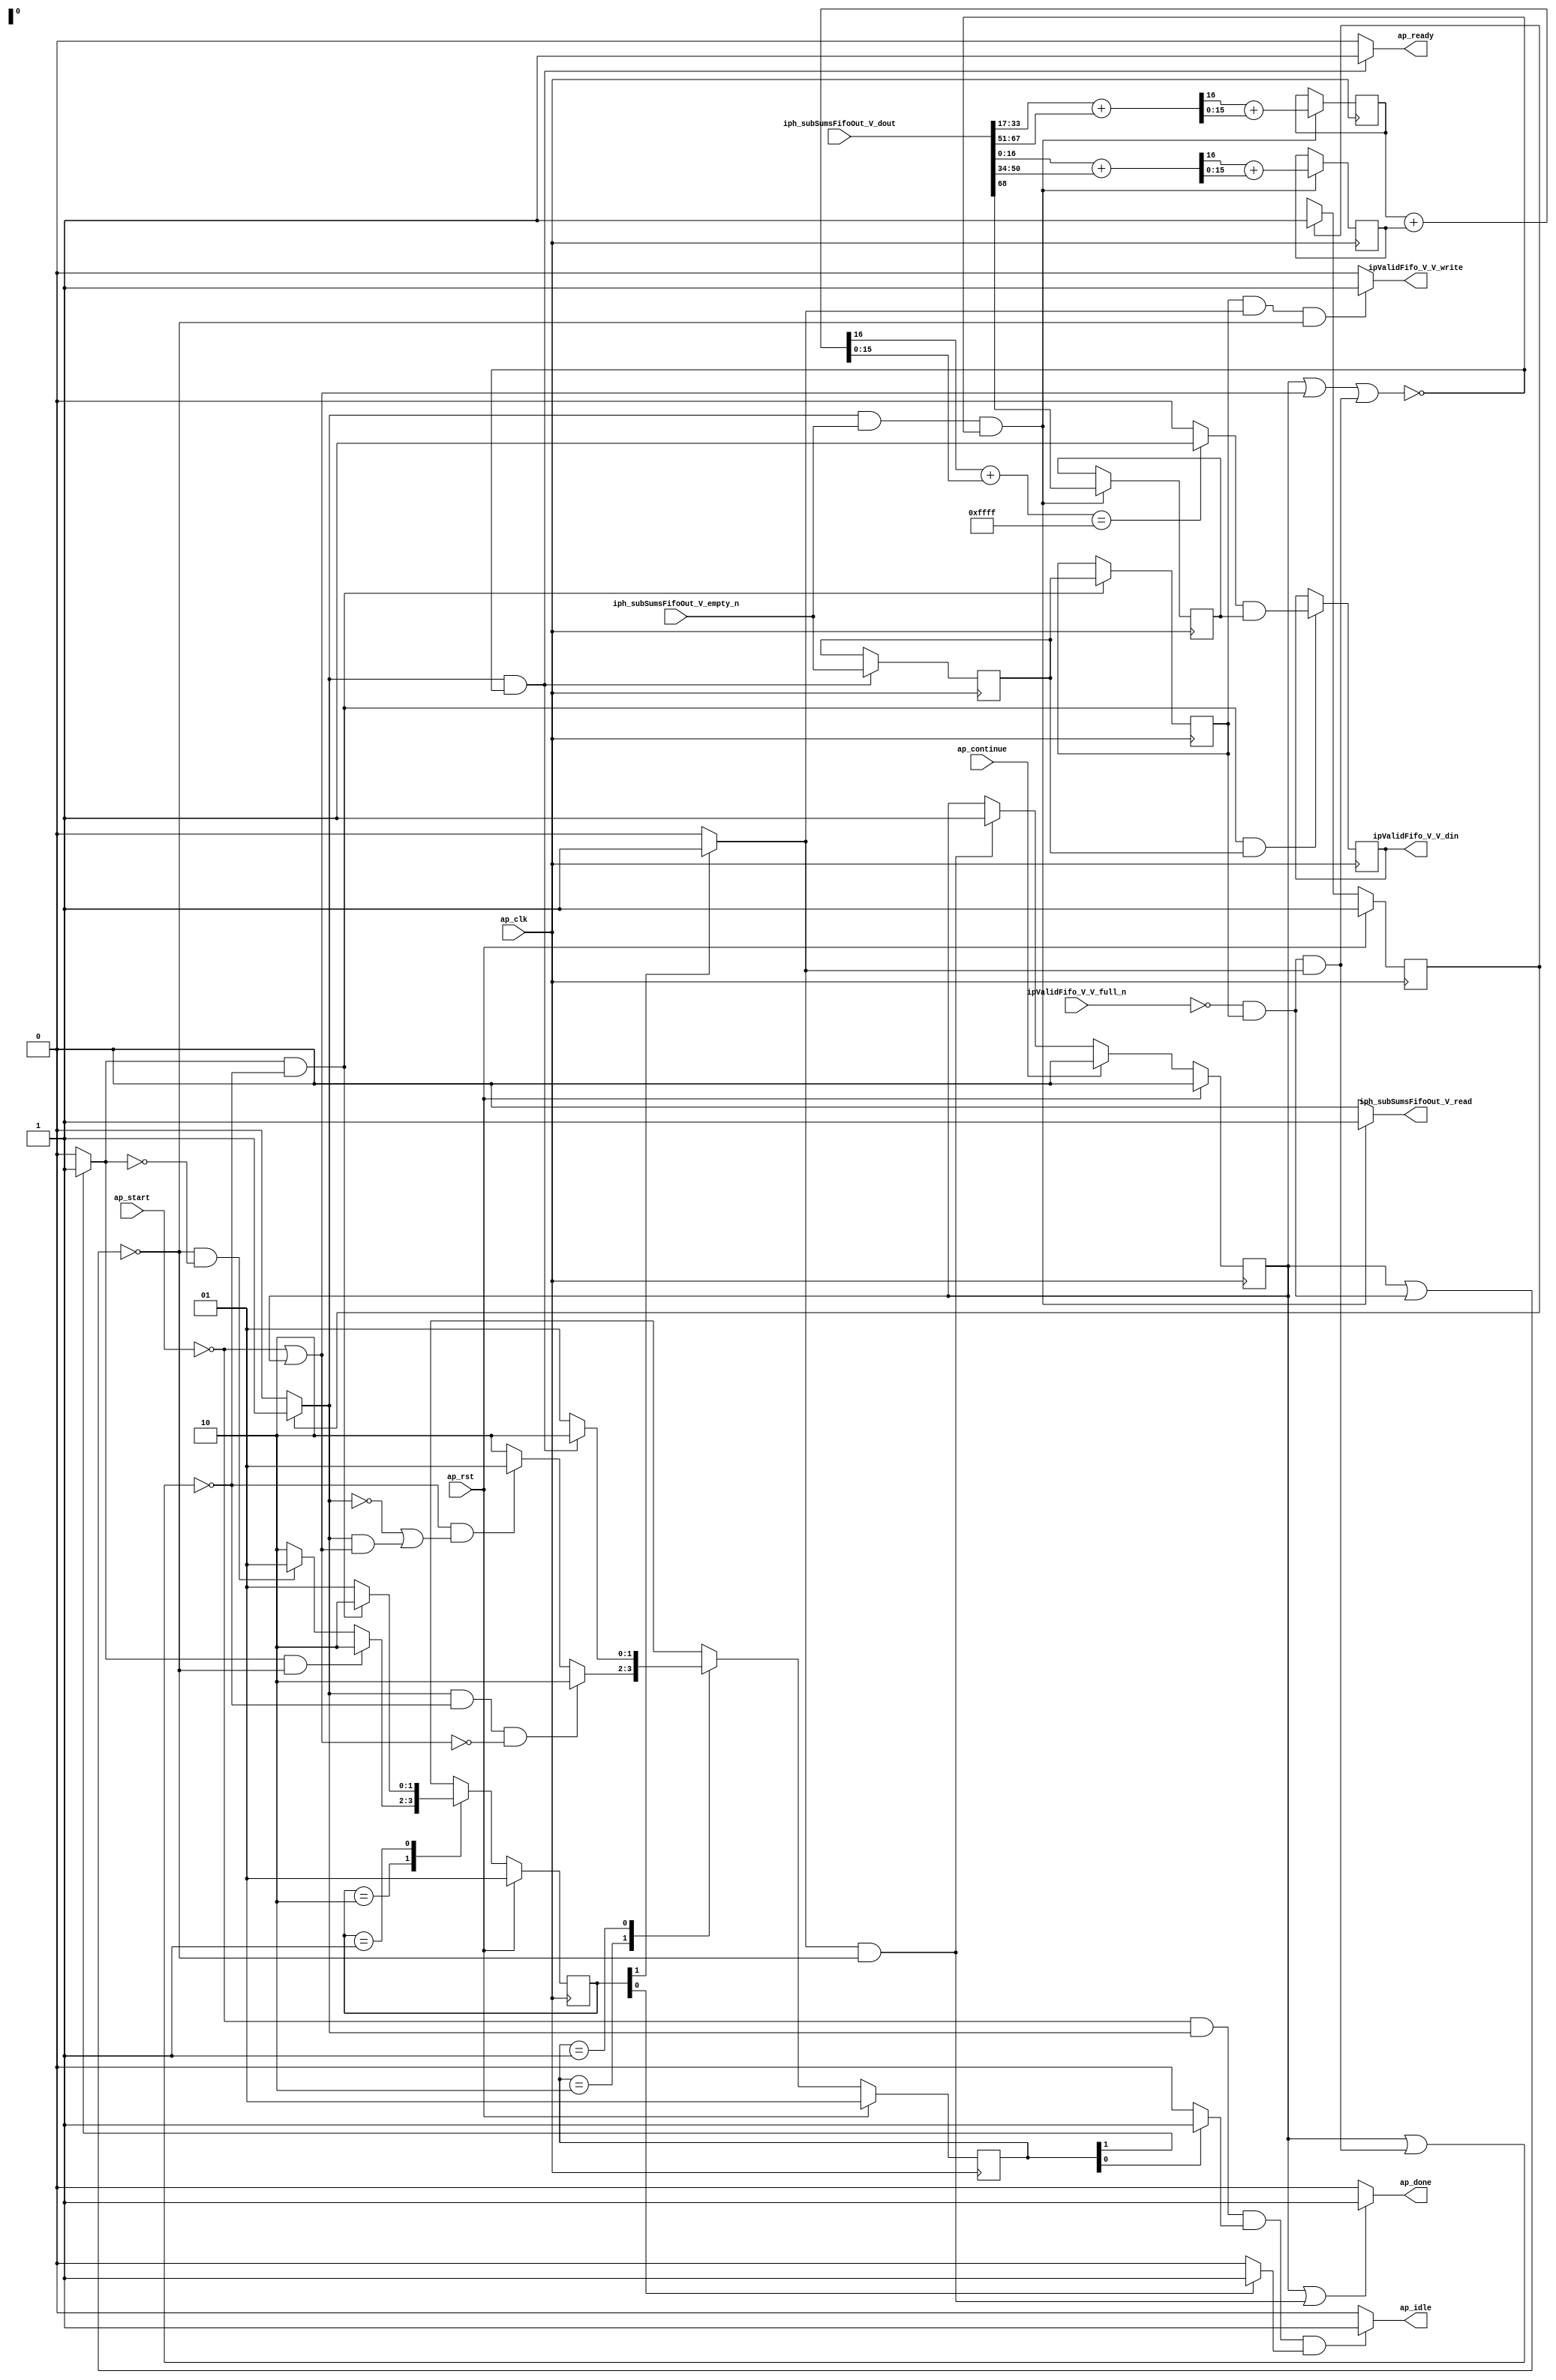
// ==============================================================
// RTL generated by Vivado(TM) HLS - High-Level Synthesis from C, C++ and SystemC
// Version: 2015.1
// Copyright (C) 2015 Xilinx Inc. All rights reserved.
// 
// ===========================================================

`timescale 1 ns / 1 ps 

module ip_handler_iph_check_ip_checksum (
        ap_clk,
        ap_rst,
        ap_start,
        ap_done,
        ap_continue,
        ap_idle,
        ap_ready,
        iph_subSumsFifoOut_V_dout,
        iph_subSumsFifoOut_V_empty_n,
        iph_subSumsFifoOut_V_read,
        ipValidFifo_V_V_din,
        ipValidFifo_V_V_full_n,
        ipValidFifo_V_V_write
);

parameter    ap_const_logic_1 = 1'b1;
parameter    ap_const_logic_0 = 1'b0;
parameter    ap_ST_st1_fsm0_0 = 1'b1;
parameter    ap_ST_st2_fsm1_1 = 2'b10;
parameter    ap_ST_st3_fsm2_1 = 2'b10;
parameter    ap_ST_st0_fsm1_0 = 2'b1;
parameter    ap_ST_st0_fsm2_0 = 2'b1;
parameter    ap_const_lv32_0 = 32'b00000000000000000000000000000000;
parameter    ap_const_lv1_1 = 1'b1;
parameter    ap_const_lv1_0 = 1'b0;
parameter    ap_const_lv32_1 = 32'b1;
parameter    ap_const_lv32_22 = 32'b100010;
parameter    ap_const_lv32_32 = 32'b110010;
parameter    ap_const_lv32_33 = 32'b110011;
parameter    ap_const_lv32_43 = 32'b1000011;
parameter    ap_const_lv32_11 = 32'b10001;
parameter    ap_const_lv32_21 = 32'b100001;
parameter    ap_const_lv32_10 = 32'b10000;
parameter    ap_const_lv32_44 = 32'b1000100;
parameter    ap_const_lv16_FFFF = 16'b1111111111111111;
parameter    ap_true = 1'b1;

input   ap_clk;
input   ap_rst;
input   ap_start;
output   ap_done;
input   ap_continue;
output   ap_idle;
output   ap_ready;
input  [68:0] iph_subSumsFifoOut_V_dout;
input   iph_subSumsFifoOut_V_empty_n;
output   iph_subSumsFifoOut_V_read;
output  [0:0] ipValidFifo_V_V_din;
input   ipValidFifo_V_V_full_n;
output   ipValidFifo_V_V_write;

reg ap_done;
reg ap_idle;
reg ap_ready;
reg iph_subSumsFifoOut_V_read;
reg ipValidFifo_V_V_write;
reg    ap_done_reg = 1'b0;
(* fsm_encoding = "none" *) reg   [0:0] ap_CS_fsm0 = 1'b1;
reg    ap_sig_cseq_ST_st1_fsm0_0;
reg    ap_sig_bdd_26;
(* fsm_encoding = "none" *) reg   [1:0] ap_CS_fsm1 = 2'b1;
reg    ap_sig_cseq_ST_st0_fsm1_0;
reg    ap_sig_bdd_37;
(* fsm_encoding = "none" *) reg   [1:0] ap_CS_fsm2 = 2'b1;
reg    ap_sig_cseq_ST_st0_fsm2_0;
reg    ap_sig_bdd_45;
wire   [0:0] tmp_nbreadreq_fu_70_p3;
reg    ap_sig_bdd_63;
reg    ap_sig_cseq_ST_st2_fsm1_1;
reg    ap_sig_bdd_69;
reg   [0:0] tmp_reg_235;
reg   [0:0] ap_reg_ppstg_tmp_reg_235_pp0_it1;
reg    ap_sig_bdd_81;
reg    ap_sig_cseq_ST_st3_fsm2_1;
reg    ap_sig_bdd_86;
wire   [0:0] ap_reg_ppstg_tmp_reg_235_pp0_it0;
wire   [15:0] tmp_117_fu_154_p2;
reg   [15:0] tmp_117_reg_239;
wire   [15:0] tmp_sum1_V_fu_176_p2;
reg   [15:0] tmp_sum1_V_reg_244;
reg   [0:0] tmp_126_reg_249;
wire   [0:0] tmp_V_fu_230_p2;
reg   [0:0] tmp_V_reg_254;
wire   [16:0] tmp_113_fu_102_p1;
wire   [16:0] tmp_sum2_V_load_new1_fu_92_p4;
wire   [16:0] tmp_sum1_V_load_new_fu_122_p4;
wire   [16:0] tmp_sum3_V_load_new_fu_112_p4;
wire   [16:0] tmp_s_fu_106_p2;
wire   [0:0] tmp_114_fu_138_p3;
wire   [15:0] tmp_116_fu_150_p1;
wire   [15:0] tmp_115_fu_146_p1;
wire   [16:0] tmp_27_fu_132_p2;
wire   [0:0] tmp_118_fu_160_p3;
wire   [15:0] tmp_120_fu_172_p1;
wire   [15:0] tmp_119_fu_168_p1;
wire   [16:0] tmp_sum1_V_cast_fu_193_p1;
wire   [16:0] p_cast_fu_190_p1;
wire   [16:0] tmp_28_fu_196_p2;
wire   [0:0] tmp_122_fu_202_p3;
wire   [15:0] tmp_124_fu_214_p1;
wire   [15:0] tmp_123_fu_210_p1;
wire   [15:0] tmp_125_fu_218_p2;
wire   [0:0] tmp_29_fu_224_p2;
reg   [0:0] ap_NS_fsm0;
reg   [1:0] ap_NS_fsm1;
reg   [1:0] ap_NS_fsm2;




/// the current state (ap_CS_fsm0) of the state machine. ///
always @ (posedge ap_clk)
begin : ap_ret_ap_CS_fsm0
    if (ap_rst == 1'b1) begin
        ap_CS_fsm0 <= ap_ST_st1_fsm0_0;
    end else begin
        ap_CS_fsm0 <= ap_NS_fsm0;
    end
end

/// the current state (ap_CS_fsm1) of the state machine. ///
always @ (posedge ap_clk)
begin : ap_ret_ap_CS_fsm1
    if (ap_rst == 1'b1) begin
        ap_CS_fsm1 <= ap_ST_st0_fsm1_0;
    end else begin
        ap_CS_fsm1 <= ap_NS_fsm1;
    end
end

/// the current state (ap_CS_fsm2) of the state machine. ///
always @ (posedge ap_clk)
begin : ap_ret_ap_CS_fsm2
    if (ap_rst == 1'b1) begin
        ap_CS_fsm2 <= ap_ST_st0_fsm2_0;
    end else begin
        ap_CS_fsm2 <= ap_NS_fsm2;
    end
end

/// ap_done_reg assign process. ///
always @ (posedge ap_clk)
begin : ap_ret_ap_done_reg
    if (ap_rst == 1'b1) begin
        ap_done_reg <= ap_const_logic_0;
    end else begin
        if ((ap_const_logic_1 == ap_continue)) begin
            ap_done_reg <= ap_const_logic_0;
        end else if (((ap_const_logic_1 == ap_sig_cseq_ST_st3_fsm2_1) & ~((ap_done_reg == ap_const_logic_1) | ap_sig_bdd_81))) begin
            ap_done_reg <= ap_const_logic_1;
        end
    end
end

/// assign process. ///
always @(posedge ap_clk)
begin
    if (((ap_const_logic_1 == ap_sig_cseq_ST_st2_fsm1_1) & ~((ap_done_reg == ap_const_logic_1) | (ap_sig_bdd_81 & (ap_const_logic_1 == ap_sig_cseq_ST_st3_fsm2_1))))) begin
        ap_reg_ppstg_tmp_reg_235_pp0_it1 <= tmp_reg_235;
    end
end

/// assign process. ///
always @(posedge ap_clk)
begin
    if (((ap_const_logic_1 == ap_sig_cseq_ST_st1_fsm0_0) & ~(tmp_nbreadreq_fu_70_p3 == ap_const_lv1_0) & ~((ap_done_reg == ap_const_logic_1) | ap_sig_bdd_63 | (ap_sig_bdd_81 & (ap_const_logic_1 == ap_sig_cseq_ST_st3_fsm2_1))))) begin
        tmp_117_reg_239 <= tmp_117_fu_154_p2;
        tmp_126_reg_249 <= iph_subSumsFifoOut_V_dout[ap_const_lv32_44];
        tmp_sum1_V_reg_244 <= tmp_sum1_V_fu_176_p2;
    end
end

/// assign process. ///
always @(posedge ap_clk)
begin
    if (((ap_const_logic_1 == ap_sig_cseq_ST_st2_fsm1_1) & ~((ap_done_reg == ap_const_logic_1) | (ap_sig_bdd_81 & (ap_const_logic_1 == ap_sig_cseq_ST_st3_fsm2_1))) & ~(ap_const_lv1_0 == ap_reg_ppstg_tmp_reg_235_pp0_it0))) begin
        tmp_V_reg_254 <= tmp_V_fu_230_p2;
    end
end

/// assign process. ///
always @(posedge ap_clk)
begin
    if (((ap_const_logic_1 == ap_sig_cseq_ST_st1_fsm0_0) & ~((ap_done_reg == ap_const_logic_1) | ap_sig_bdd_63 | (ap_sig_bdd_81 & (ap_const_logic_1 == ap_sig_cseq_ST_st3_fsm2_1))))) begin
        tmp_reg_235 <= tmp_nbreadreq_fu_70_p3;
    end
end

/// ap_done assign process. ///
always @ (ap_done_reg or ap_sig_bdd_81 or ap_sig_cseq_ST_st3_fsm2_1)
begin
    if (((ap_const_logic_1 == ap_done_reg) | ((ap_const_logic_1 == ap_sig_cseq_ST_st3_fsm2_1) & ~((ap_done_reg == ap_const_logic_1) | ap_sig_bdd_81)))) begin
        ap_done = ap_const_logic_1;
    end else begin
        ap_done = ap_const_logic_0;
    end
end

/// ap_idle assign process. ///
always @ (ap_start or ap_sig_cseq_ST_st1_fsm0_0 or ap_sig_cseq_ST_st0_fsm1_0 or ap_sig_cseq_ST_st0_fsm2_0)
begin
    if ((~(ap_const_logic_1 == ap_start) & (ap_const_logic_1 == ap_sig_cseq_ST_st1_fsm0_0) & (ap_const_logic_1 == ap_sig_cseq_ST_st0_fsm1_0) & (ap_const_logic_1 == ap_sig_cseq_ST_st0_fsm2_0))) begin
        ap_idle = ap_const_logic_1;
    end else begin
        ap_idle = ap_const_logic_0;
    end
end

/// ap_ready assign process. ///
always @ (ap_done_reg or ap_sig_cseq_ST_st1_fsm0_0 or ap_sig_bdd_63 or ap_sig_bdd_81 or ap_sig_cseq_ST_st3_fsm2_1)
begin
    if (((ap_const_logic_1 == ap_sig_cseq_ST_st1_fsm0_0) & ~((ap_done_reg == ap_const_logic_1) | ap_sig_bdd_63 | (ap_sig_bdd_81 & (ap_const_logic_1 == ap_sig_cseq_ST_st3_fsm2_1))))) begin
        ap_ready = ap_const_logic_1;
    end else begin
        ap_ready = ap_const_logic_0;
    end
end

/// ap_sig_cseq_ST_st0_fsm1_0 assign process. ///
always @ (ap_sig_bdd_37)
begin
    if (ap_sig_bdd_37) begin
        ap_sig_cseq_ST_st0_fsm1_0 = ap_const_logic_1;
    end else begin
        ap_sig_cseq_ST_st0_fsm1_0 = ap_const_logic_0;
    end
end

/// ap_sig_cseq_ST_st0_fsm2_0 assign process. ///
always @ (ap_sig_bdd_45)
begin
    if (ap_sig_bdd_45) begin
        ap_sig_cseq_ST_st0_fsm2_0 = ap_const_logic_1;
    end else begin
        ap_sig_cseq_ST_st0_fsm2_0 = ap_const_logic_0;
    end
end

/// ap_sig_cseq_ST_st1_fsm0_0 assign process. ///
always @ (ap_sig_bdd_26)
begin
    if (ap_sig_bdd_26) begin
        ap_sig_cseq_ST_st1_fsm0_0 = ap_const_logic_1;
    end else begin
        ap_sig_cseq_ST_st1_fsm0_0 = ap_const_logic_0;
    end
end

/// ap_sig_cseq_ST_st2_fsm1_1 assign process. ///
always @ (ap_sig_bdd_69)
begin
    if (ap_sig_bdd_69) begin
        ap_sig_cseq_ST_st2_fsm1_1 = ap_const_logic_1;
    end else begin
        ap_sig_cseq_ST_st2_fsm1_1 = ap_const_logic_0;
    end
end

/// ap_sig_cseq_ST_st3_fsm2_1 assign process. ///
always @ (ap_sig_bdd_86)
begin
    if (ap_sig_bdd_86) begin
        ap_sig_cseq_ST_st3_fsm2_1 = ap_const_logic_1;
    end else begin
        ap_sig_cseq_ST_st3_fsm2_1 = ap_const_logic_0;
    end
end

/// ipValidFifo_V_V_write assign process. ///
always @ (ap_done_reg or ap_reg_ppstg_tmp_reg_235_pp0_it1 or ap_sig_bdd_81 or ap_sig_cseq_ST_st3_fsm2_1)
begin
    if ((~(ap_const_lv1_0 == ap_reg_ppstg_tmp_reg_235_pp0_it1) & (ap_const_logic_1 == ap_sig_cseq_ST_st3_fsm2_1) & ~((ap_done_reg == ap_const_logic_1) | ap_sig_bdd_81))) begin
        ipValidFifo_V_V_write = ap_const_logic_1;
    end else begin
        ipValidFifo_V_V_write = ap_const_logic_0;
    end
end

/// iph_subSumsFifoOut_V_read assign process. ///
always @ (ap_done_reg or ap_sig_cseq_ST_st1_fsm0_0 or tmp_nbreadreq_fu_70_p3 or ap_sig_bdd_63 or ap_sig_bdd_81 or ap_sig_cseq_ST_st3_fsm2_1)
begin
    if (((ap_const_logic_1 == ap_sig_cseq_ST_st1_fsm0_0) & ~(tmp_nbreadreq_fu_70_p3 == ap_const_lv1_0) & ~((ap_done_reg == ap_const_logic_1) | ap_sig_bdd_63 | (ap_sig_bdd_81 & (ap_const_logic_1 == ap_sig_cseq_ST_st3_fsm2_1))))) begin
        iph_subSumsFifoOut_V_read = ap_const_logic_1;
    end else begin
        iph_subSumsFifoOut_V_read = ap_const_logic_0;
    end
end
/// the next state (ap_NS_fsm2) of the state machine. ///
always @ (ap_done_reg or ap_CS_fsm2 or ap_sig_cseq_ST_st2_fsm1_1 or ap_sig_bdd_81 or ap_sig_cseq_ST_st3_fsm2_1)
begin
    case (ap_CS_fsm2)
        ap_ST_st3_fsm2_1 : 
        begin
            if (((ap_const_logic_1 == ap_sig_cseq_ST_st2_fsm1_1) & ~((ap_done_reg == ap_const_logic_1) | ap_sig_bdd_81))) begin
                ap_NS_fsm2 = ap_ST_st3_fsm2_1;
            end else if ((~((ap_done_reg == ap_const_logic_1) | ap_sig_bdd_81) & ~(ap_const_logic_1 == ap_sig_cseq_ST_st2_fsm1_1))) begin
                ap_NS_fsm2 = ap_ST_st0_fsm2_0;
            end else begin
                ap_NS_fsm2 = ap_ST_st3_fsm2_1;
            end
        end
        ap_ST_st0_fsm2_0 : 
        begin
            if (((ap_const_logic_1 == ap_sig_cseq_ST_st2_fsm1_1) & ~((ap_done_reg == ap_const_logic_1) | (ap_sig_bdd_81 & (ap_const_logic_1 == ap_sig_cseq_ST_st3_fsm2_1))))) begin
                ap_NS_fsm2 = ap_ST_st3_fsm2_1;
            end else begin
                ap_NS_fsm2 = ap_ST_st0_fsm2_0;
            end
        end
        default : 
        begin
            ap_NS_fsm2 = 'bx;
        end
    endcase
end

/// the next state (ap_NS_fsm0) of the state machine. ///
always @ (ap_done_reg or ap_CS_fsm0 or ap_sig_bdd_63 or ap_sig_bdd_81 or ap_sig_cseq_ST_st3_fsm2_1)
begin
    case (ap_CS_fsm0)
        ap_ST_st1_fsm0_0 : 
        begin
            ap_NS_fsm0 = ap_ST_st1_fsm0_0;
        end
        default : 
        begin
            ap_NS_fsm0 = 'bx;
        end
    endcase
end

/// the next state (ap_NS_fsm1) of the state machine. ///
always @ (ap_done_reg or ap_sig_cseq_ST_st1_fsm0_0 or ap_CS_fsm1 or ap_sig_bdd_63 or ap_sig_bdd_81 or ap_sig_cseq_ST_st3_fsm2_1)
begin
    case (ap_CS_fsm1)
        ap_ST_st2_fsm1_1 : 
        begin
            if (((ap_const_logic_1 == ap_sig_cseq_ST_st1_fsm0_0) & ~((ap_done_reg == ap_const_logic_1) | (ap_sig_bdd_81 & (ap_const_logic_1 == ap_sig_cseq_ST_st3_fsm2_1))) & ~ap_sig_bdd_63)) begin
                ap_NS_fsm1 = ap_ST_st2_fsm1_1;
            end else if ((~((ap_done_reg == ap_const_logic_1) | (ap_sig_bdd_81 & (ap_const_logic_1 == ap_sig_cseq_ST_st3_fsm2_1))) & (~(ap_const_logic_1 == ap_sig_cseq_ST_st1_fsm0_0) | ((ap_const_logic_1 == ap_sig_cseq_ST_st1_fsm0_0) & ap_sig_bdd_63)))) begin
                ap_NS_fsm1 = ap_ST_st0_fsm1_0;
            end else begin
                ap_NS_fsm1 = ap_ST_st2_fsm1_1;
            end
        end
        ap_ST_st0_fsm1_0 : 
        begin
            if (((ap_const_logic_1 == ap_sig_cseq_ST_st1_fsm0_0) & ~((ap_done_reg == ap_const_logic_1) | ap_sig_bdd_63 | (ap_sig_bdd_81 & (ap_const_logic_1 == ap_sig_cseq_ST_st3_fsm2_1))))) begin
                ap_NS_fsm1 = ap_ST_st2_fsm1_1;
            end else begin
                ap_NS_fsm1 = ap_ST_st0_fsm1_0;
            end
        end
        default : 
        begin
            ap_NS_fsm1 = 'bx;
        end
    endcase
end

assign ap_reg_ppstg_tmp_reg_235_pp0_it0 = tmp_reg_235;

/// ap_sig_bdd_26 assign process. ///
always @ (ap_CS_fsm0)
begin
    ap_sig_bdd_26 = (ap_CS_fsm0[ap_const_lv32_0] == ap_const_lv1_1);
end

/// ap_sig_bdd_37 assign process. ///
always @ (ap_CS_fsm1)
begin
    ap_sig_bdd_37 = (ap_const_lv1_1 == ap_CS_fsm1[ap_const_lv32_0]);
end

/// ap_sig_bdd_45 assign process. ///
always @ (ap_CS_fsm2)
begin
    ap_sig_bdd_45 = (ap_const_lv1_1 == ap_CS_fsm2[ap_const_lv32_0]);
end

/// ap_sig_bdd_63 assign process. ///
always @ (ap_start or ap_done_reg or iph_subSumsFifoOut_V_empty_n or tmp_nbreadreq_fu_70_p3)
begin
    ap_sig_bdd_63 = (((iph_subSumsFifoOut_V_empty_n == ap_const_logic_0) & ~(tmp_nbreadreq_fu_70_p3 == ap_const_lv1_0)) | (ap_start == ap_const_logic_0) | (ap_done_reg == ap_const_logic_1));
end

/// ap_sig_bdd_69 assign process. ///
always @ (ap_CS_fsm1)
begin
    ap_sig_bdd_69 = (ap_const_lv1_1 == ap_CS_fsm1[ap_const_lv32_1]);
end

/// ap_sig_bdd_81 assign process. ///
always @ (ipValidFifo_V_V_full_n or ap_reg_ppstg_tmp_reg_235_pp0_it1)
begin
    ap_sig_bdd_81 = ((ipValidFifo_V_V_full_n == ap_const_logic_0) & ~(ap_const_lv1_0 == ap_reg_ppstg_tmp_reg_235_pp0_it1));
end

/// ap_sig_bdd_86 assign process. ///
always @ (ap_CS_fsm2)
begin
    ap_sig_bdd_86 = (ap_const_lv1_1 == ap_CS_fsm2[ap_const_lv32_1]);
end
assign ipValidFifo_V_V_din = tmp_V_reg_254;
assign p_cast_fu_190_p1 = tmp_117_reg_239;
assign tmp_113_fu_102_p1 = iph_subSumsFifoOut_V_dout[16:0];
assign tmp_114_fu_138_p3 = tmp_s_fu_106_p2[ap_const_lv32_10];
assign tmp_115_fu_146_p1 = tmp_s_fu_106_p2[15:0];
assign tmp_116_fu_150_p1 = tmp_114_fu_138_p3;
assign tmp_117_fu_154_p2 = (tmp_116_fu_150_p1 + tmp_115_fu_146_p1);
assign tmp_118_fu_160_p3 = tmp_27_fu_132_p2[ap_const_lv32_10];
assign tmp_119_fu_168_p1 = tmp_27_fu_132_p2[15:0];
assign tmp_120_fu_172_p1 = tmp_118_fu_160_p3;
assign tmp_122_fu_202_p3 = tmp_28_fu_196_p2[ap_const_lv32_10];
assign tmp_123_fu_210_p1 = tmp_28_fu_196_p2[15:0];
assign tmp_124_fu_214_p1 = tmp_122_fu_202_p3;
assign tmp_125_fu_218_p2 = (tmp_124_fu_214_p1 + tmp_123_fu_210_p1);
assign tmp_27_fu_132_p2 = (tmp_sum1_V_load_new_fu_122_p4 + tmp_sum3_V_load_new_fu_112_p4);
assign tmp_28_fu_196_p2 = (tmp_sum1_V_cast_fu_193_p1 + p_cast_fu_190_p1);
assign tmp_29_fu_224_p2 = (tmp_125_fu_218_p2 == ap_const_lv16_FFFF? 1'b1: 1'b0);
assign tmp_V_fu_230_p2 = (tmp_29_fu_224_p2 & tmp_126_reg_249);
assign tmp_nbreadreq_fu_70_p3 = iph_subSumsFifoOut_V_empty_n;
assign tmp_s_fu_106_p2 = (tmp_113_fu_102_p1 + tmp_sum2_V_load_new1_fu_92_p4);
assign tmp_sum1_V_cast_fu_193_p1 = tmp_sum1_V_reg_244;
assign tmp_sum1_V_fu_176_p2 = (tmp_120_fu_172_p1 + tmp_119_fu_168_p1);
assign tmp_sum1_V_load_new_fu_122_p4 = {{iph_subSumsFifoOut_V_dout[ap_const_lv32_21 : ap_const_lv32_11]}};
assign tmp_sum2_V_load_new1_fu_92_p4 = {{iph_subSumsFifoOut_V_dout[ap_const_lv32_32 : ap_const_lv32_22]}};
assign tmp_sum3_V_load_new_fu_112_p4 = {{iph_subSumsFifoOut_V_dout[ap_const_lv32_43 : ap_const_lv32_33]}};


endmodule //ip_handler_iph_check_ip_checksum